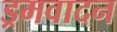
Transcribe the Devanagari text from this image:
ड्रमवादन